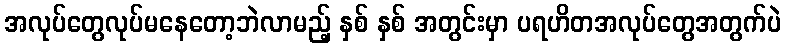
အလုပ်တွေလုပ်မနေတော့ဘဲလာမည့် နှစ် နှစ် အတွင်းမှာ ပရဟိတအလုပ်တွေအတွက်ပဲ